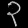
Digit: ၃